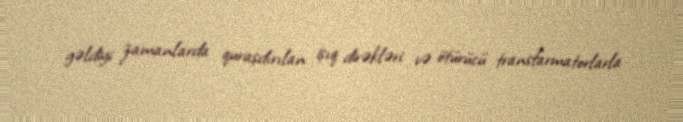
gəldiyi zamanlarda quraşdırılan işıq dirəkləri və ötürücü transfarmatorlarla